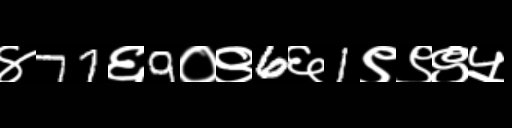
Text: ४77६9०९6६1९९९५